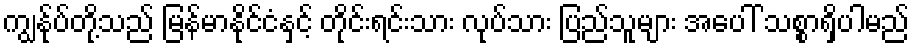
ကျွန်ုပ်တို့သည် မြန်မာနိုင်ငံနှင့် တိုင်းရင်းသား လုပ်သား ပြည်သူများ အပေါ် သစ္စာရှိပါမည်